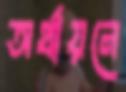
অর্থায়নে